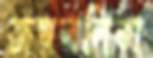
জয়ললিতা